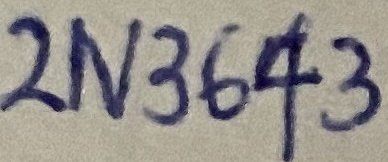
Text: 2N3643